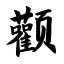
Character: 颧